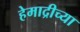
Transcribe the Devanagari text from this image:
हेमाद्रीच्या